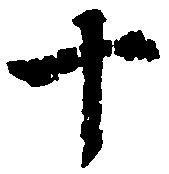
十